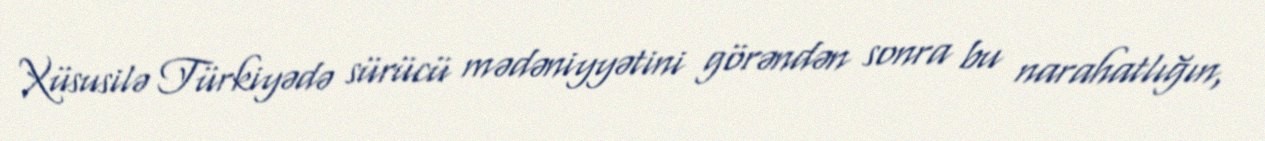
Xüsusilə Türkiyədə sürücü mədəniyyətini görəndən sonra bu narahatlığın,